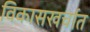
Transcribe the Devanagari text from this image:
विकासखर्चात